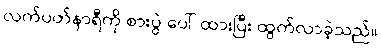
လက်ပတ်နာရီကို စားပွဲ ပေါ် ထားပြီး ထွက်လာခဲ့သည်။